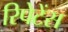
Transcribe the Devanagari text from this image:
रिपेटेंस